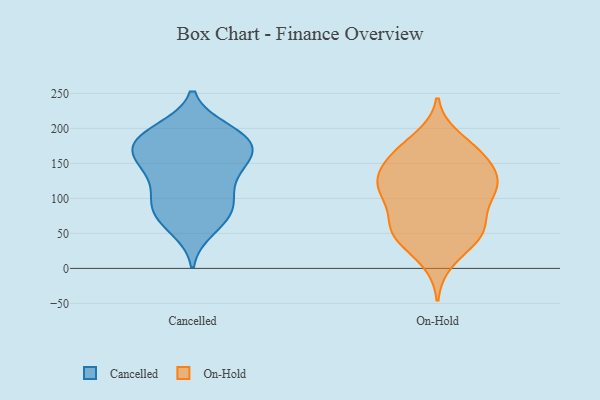
{"axis": {"x": "Latency (ms)", "y": "Value"}, "legend": ["Cancelled", "On-Hold"], "data": [{"x": "", "y": 134, "type": "Cancelled"}, {"x": "", "y": 56, "type": "Cancelled"}, {"x": "", "y": 171, "type": "Cancelled"}, {"x": "", "y": 161, "type": "Cancelled"}, {"x": "", "y": 99, "type": "Cancelled"}, {"x": "", "y": 176, "type": "Cancelled"}, {"x": "", "y": 84, "type": "Cancelled"}, {"x": "", "y": 65, "type": "Cancelled"}, {"x": "", "y": 163, "type": "Cancelled"}, {"x": "", "y": 193, "type": "Cancelled"}, {"x": "", "y": 77, "type": "Cancelled"}, {"x": "", "y": 178, "type": "Cancelled"}, {"x": "", "y": 89, "type": "Cancelled"}, {"x": "", "y": 198, "type": "Cancelled"}, {"x": "", "y": 150, "type": "Cancelled"}, {"x": "", "y": 103, "type": "Cancelled"}, {"x": "", "y": 128, "type": "Cancelled"}, {"x": "", "y": 194, "type": "Cancelled"}, {"x": "", "y": 188, "type": "Cancelled"}, {"x": "", "y": 148, "type": "Cancelled"}, {"x": "", "y": 111, "type": "On-Hold"}, {"x": "", "y": 115, "type": "On-Hold"}, {"x": "", "y": 54, "type": "On-Hold"}, {"x": "", "y": 121, "type": "On-Hold"}, {"x": "", "y": 118, "type": "On-Hold"}, {"x": "", "y": 125, "type": "On-Hold"}, {"x": "", "y": 163, "type": "On-Hold"}, {"x": "", "y": 107, "type": "On-Hold"}, {"x": "", "y": 53, "type": "On-Hold"}, {"x": "", "y": 185, "type": "On-Hold"}, {"x": "", "y": 50, "type": "On-Hold"}, {"x": "", "y": 42, "type": "On-Hold"}, {"x": "", "y": 139, "type": "On-Hold"}, {"x": "", "y": 54, "type": "On-Hold"}, {"x": "", "y": 153, "type": "On-Hold"}, {"x": "", "y": 165, "type": "On-Hold"}, {"x": "", "y": 65, "type": "On-Hold"}, {"x": "", "y": 166, "type": "On-Hold"}, {"x": "", "y": 12, "type": "On-Hold"}, {"x": "", "y": 96, "type": "On-Hold"}]}